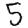
Digit: 5